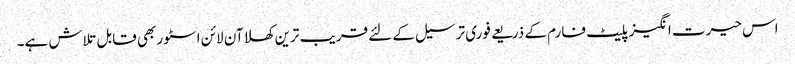
اس حیرت انگیز پلیٹ فارم کے ذریعے فوری ترسیل کے لئے قریب ترین کھلا آن لائن اسٹور بھی قابل تلاش ہے۔